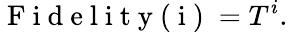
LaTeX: \mathrm{~F~i~d~e~l~i~t~y~(~i~)~}=T^{i}.